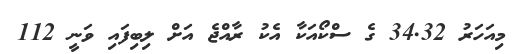
މިއަހަރު 34.32 ގެ ސްކޯއަކާ އެކު ރާއްޖެ އަށް ލިބިފައި ވަނީ 112